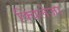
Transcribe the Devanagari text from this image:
क्विलेजा